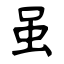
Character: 虽